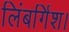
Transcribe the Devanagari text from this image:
लिंबर्गिश।